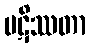
ပဋိဿတာ